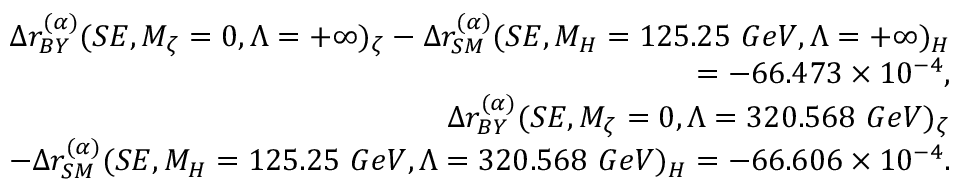
\begin{array} { r l r } & { } & { \Delta r _ { B Y } ^ { ( \alpha ) } ( S E , M _ { \zeta } = 0 , \Lambda = + \infty ) _ { \zeta } - \Delta r _ { S M } ^ { ( \alpha ) } ( S E , M _ { H } = 1 2 5 . 2 5 \ G e V , \Lambda = + \infty ) _ { H } } \\ & { } & { = - 6 6 . 4 7 3 \times 1 0 ^ { - 4 } , } \\ & { } & { \Delta r _ { B Y } ^ { ( \alpha ) } ( S E , M _ { \zeta } = 0 , \Lambda = 3 2 0 . 5 6 8 \ G e V ) _ { \zeta } } \\ & { } & { - \Delta r _ { S M } ^ { ( \alpha ) } ( S E , M _ { H } = 1 2 5 . 2 5 \ G e V , \Lambda = 3 2 0 . 5 6 8 \ G e V ) _ { H } = - 6 6 . 6 0 6 \times 1 0 ^ { - 4 } . } \end{array}